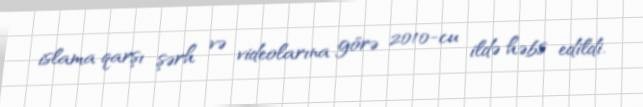
islama qarşı şərh və videolarına görə 2010-cu ildə həbs edildi.